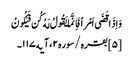
وَاِذَا قَضَی اَمْراً فَاِنَّمَا یَقُولُ لَهُ کُن فَیَکُونُ
[۵] بقره/سوره۲، آیه۱۱۷۔